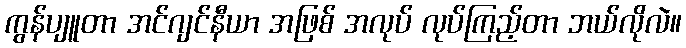
ကွန်ပျူတာ အင်ဂျင်နီယာ အဖြစ် အလုပ် လုပ်ကြည့်တာ ဘယ်လိုလဲ။